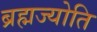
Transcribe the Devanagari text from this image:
ब्रह्मज्योति